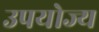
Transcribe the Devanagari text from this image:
उपयोज्य